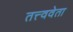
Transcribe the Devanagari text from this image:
तत्त्ववेता